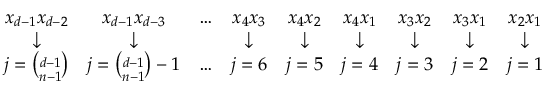
\begin{array} { c c c c c c c c c } { x _ { d - 1 } x _ { d - 2 } } & { x _ { d - 1 } x _ { d - 3 } } & { \dots } & { x _ { 4 } x _ { 3 } } & { x _ { 4 } x _ { 2 } } & { x _ { 4 } x _ { 1 } } & { x _ { 3 } x _ { 2 } } & { x _ { 3 } x _ { 1 } } & { x _ { 2 } x _ { 1 } } \\ { \downarrow } & { \downarrow } & & { \downarrow } & { \downarrow } & { \downarrow } & { \downarrow } & { \downarrow } & { \downarrow } \\ { j = { \binom { d - 1 } { n - 1 } } } & { j = { \binom { d - 1 } { n - 1 } } - 1 } & { \dots } & { j = 6 } & { j = 5 } & { j = 4 } & { j = 3 } & { j = 2 } & { j = 1 } \end{array}